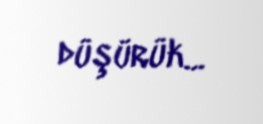
düşürük...